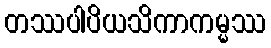
တဿပါပိယသိကာကမ္မဿ